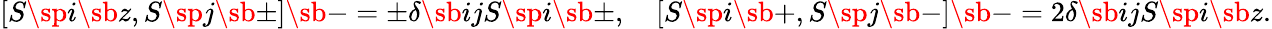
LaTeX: [S\sp i\sb z,S\sp j\sb\pm]\sb-=\pm\delta\sb{ij}S\sp i\sb\pm,\quad[S\sp i\sb+,S\sp j\sb-]\sb-=2\delta\sb{ij}S\sp i\sb z.